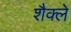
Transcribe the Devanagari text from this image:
शैक्ले